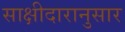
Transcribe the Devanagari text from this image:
साक्षीदारानुसार